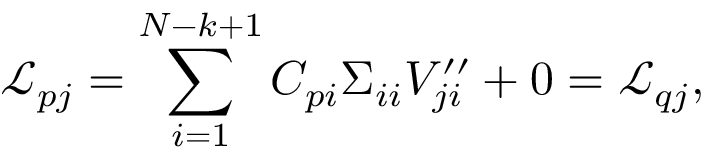
\mathcal { L } _ { p j } = \sum _ { i = 1 } ^ { N - k + 1 } C _ { p i } \Sigma _ { i i } V _ { j i } ^ { \prime \prime } + 0 = \mathcal { L } _ { q j } ,